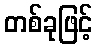
တစ်ခုဖြင့်